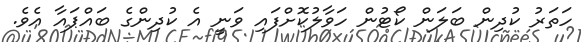
ހަތަރު ކުދިން ބަލަން ކޯޓުން ހަވާލުކޮށްފައި ވަނީ އެ ކުދިންގެ ބައްޕައާ އެވެ.